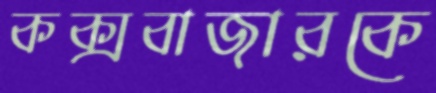
কক্সবাজারকে